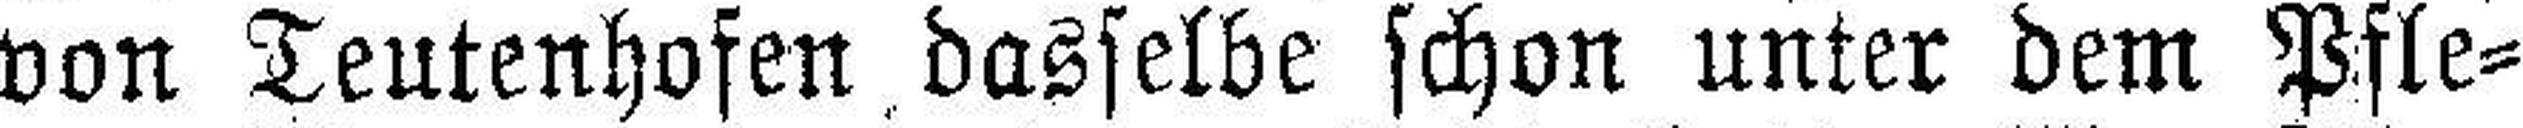
von Teutenhofen dasselbe schon unter dem Pfle¬